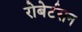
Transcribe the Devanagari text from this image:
रोबेर्टसन